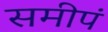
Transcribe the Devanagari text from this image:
समीपं